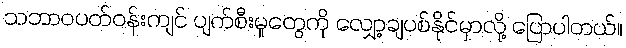
သဘာဝပတ်ဝန်းကျင် ပျက်စီးမှုတွေကို လျှော့ချပစ်နိုင်မှာလို့ ပြောပါတယ်။